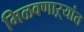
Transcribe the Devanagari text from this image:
मिळवणाऱ्यांत